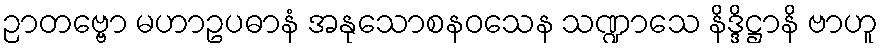
ဉာတဗ္ဗော မဟာဥပဓာနံ အနုသောစနဝသေန သဏ္ဍာသေ နိဒ္ဒိဋ္ဌာနိ ဗာဟူ